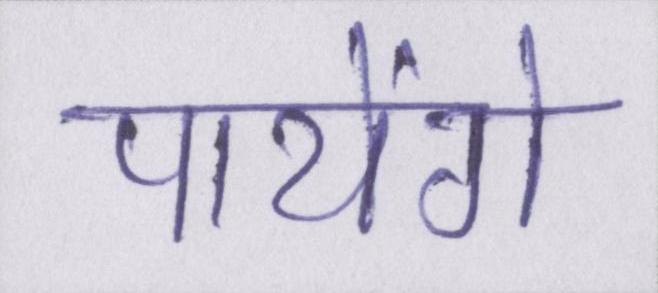
पायेंगे